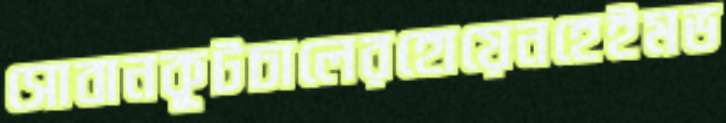
সোবানকূটচালেরহোয়েনহেইমভ